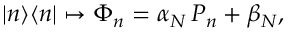
| n \rangle \langle n | \mapsto \Phi _ { n } = \alpha _ { N } \, P _ { n } + \beta _ { N } ,